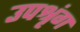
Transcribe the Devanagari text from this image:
उपश्रृंग